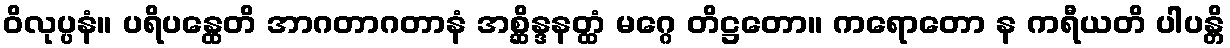
ဝိလုပ္ပနံ။ ပရိပန္ထေတိ အာဂတာဂတာနံ အစ္ဆိန္ဒနတ္ထံ မဂ္ဂေ တိဋ္ဌတော။ ကရောတော န ကရီယတိ ပါပန္တိ